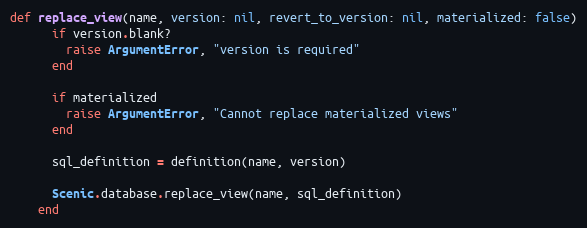
Language: Ruby
def replace_view(name, version: nil, revert_to_version: nil, materialized: false)
      if version.blank?
        raise ArgumentError, "version is required"
      end

      if materialized
        raise ArgumentError, "Cannot replace materialized views"
      end

      sql_definition = definition(name, version)

      Scenic.database.replace_view(name, sql_definition)
    end